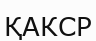
ҚАКСР